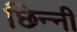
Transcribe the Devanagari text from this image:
छिन्‍नी